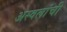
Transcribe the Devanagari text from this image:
अस्वलांची